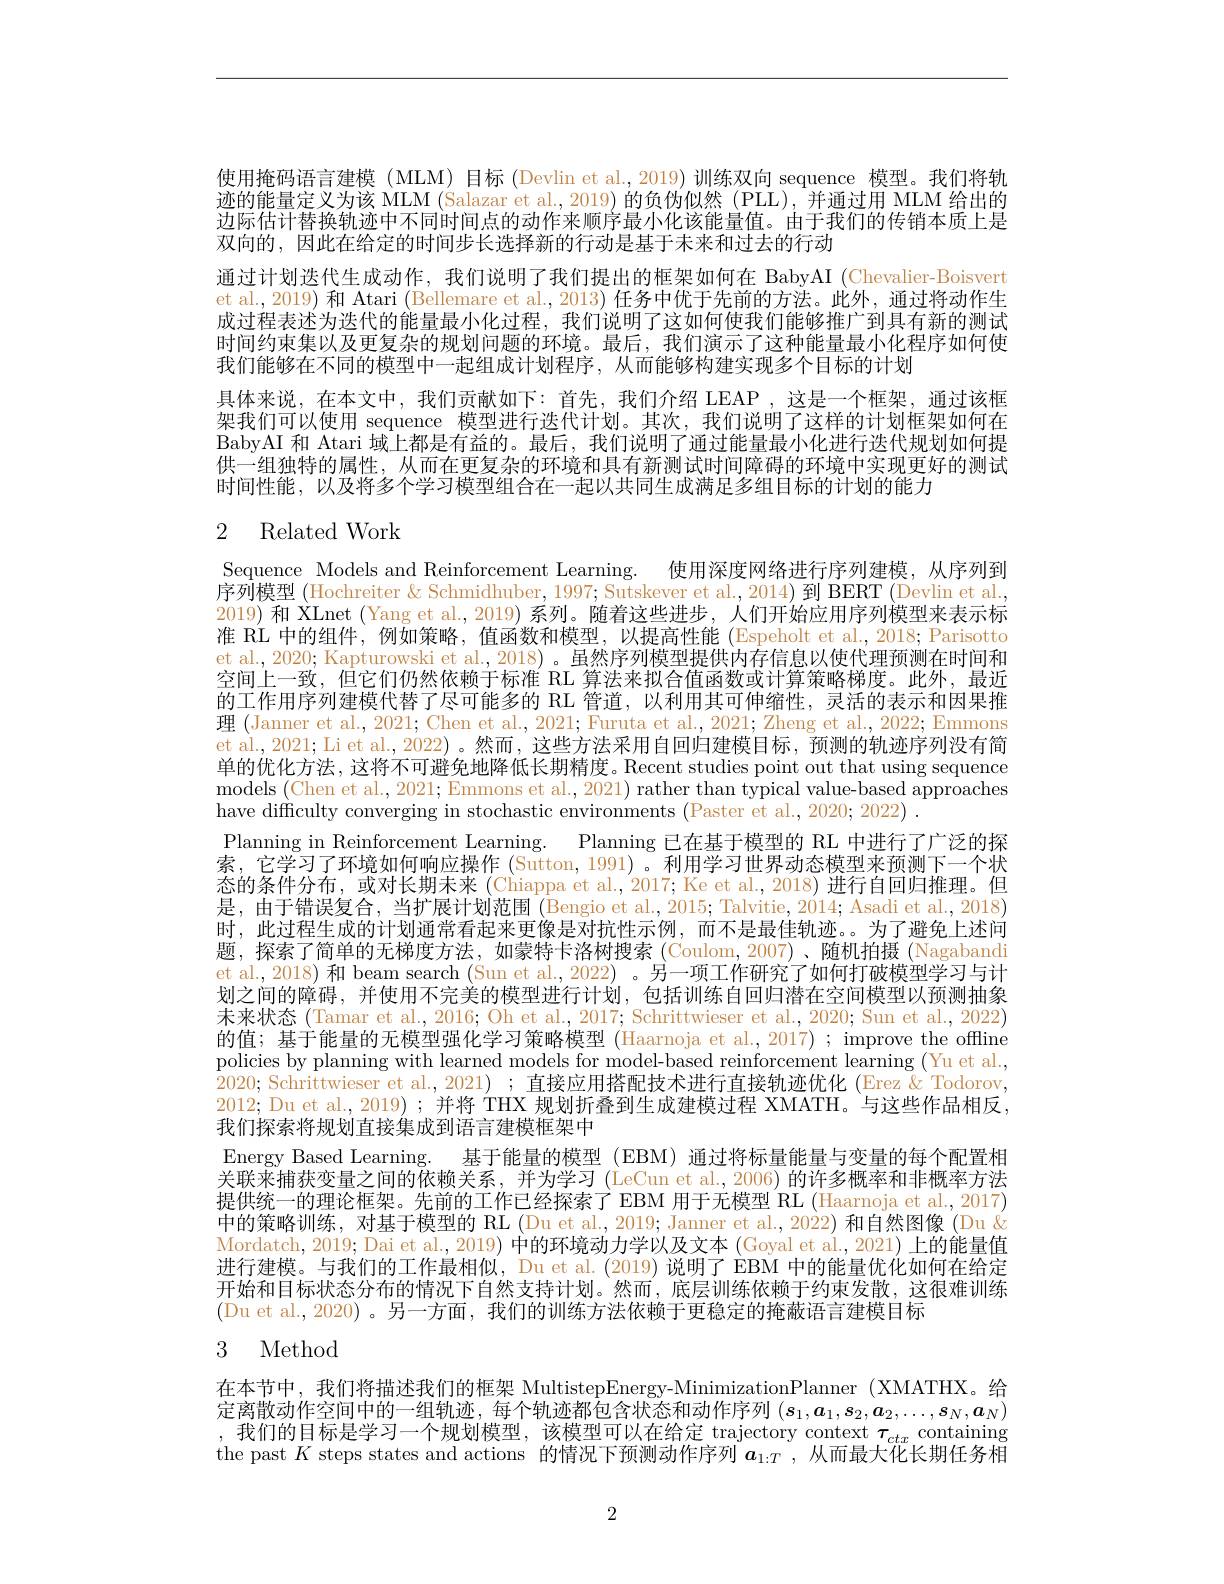
使用掩码语言建模 (MLM) 目标 (Devlin et al.,2019)训练双向 sequence 模型。我们将轨迹的能量定义为该 MLM (Salazar et al., 2019) 的负伪似然 (PLL), 并通过用 MLM 给出的边际估计替换轨迹中不同时间点的动作来顺序最小化该能量值。由于我们的传销本质上是双向的，因此在给定的时间步长选择新的行动是基于未来和过去的行动
通过计划迭代生成动作，我们说明了我们提出的框架如何在 BabyAI (Chevalier-Boisvert et al., 2019) 和 Atari (Bellemare et al., 2013) 任务中优于先前的方法。此外，通过将动作生成过程表述为迭代的能量最小化过程，我们说明了这如何使我们能够推广到具有新的测试时间约束集以及更复杂的规划问题的环境。最后，我们演示了这种能量最小化程序如何使我们能够在不同的模型中一起组成计划程序，从而能够构建实现多个目标的计划
具体来说，在本文中，我们贡献如下：首先，我们介绍 LEAP,这是一个框架，通过该框架我们可以使用 sequence 模型进行迭代计划。其次，我们说明了这样的计划框架如何在BabyAI 和 Atari 域上都是有益的。最后，我们说明了通过能量最小化进行迭代规划如何提供一组独特的属性，从而在更复杂的环境和具有新测试时间障碍的环境中实现更好的测试时间性能，以及将多个学习模型组合在一起以共同生成满足多组目标的计划的能力

# 2 Related Work

Sequence Models and Reinforcement Learning. 使用深度网络进行序列建模，从序列到序列模型 (Hochreiter & Schmidhuber, 1997; Sutskever et al., 2014) 到 BERT (Devlin et al., 2019) 和 XLnet (Yang et al., 2019) 系列。随着这些进步，人们开始应用序列模型来表示标准 RL 中的组件，例如策略，值函数和模型，以提高性能 (Espeholt et al., 2018; Parisotto et al., 2020; Kapturowski et al., 2018) 。虽然序列模型提供内存信息以使代理预测在时间和空间上一致，但它们仍然依赖于标准 RL 算法来拟合值函数或计算策略梯度。此外，最近的工作用序列建模代替了尽可能多的 RL 管道，以利用其可伸缩性，灵活的表示和因果推理 (Janner et al., 2021; Chen et al., 2021; Furuta et al., 2021; Zheng et al., 2022; Emmons et al.,2021; Li et al.,2022)。然而，这些方法采用自回归建模目标，预测的轨迹序列没有简单的优化方法，这将不可避免地降低长期精度。Recent studies point out that using sequence models (Chen et al., 2021; Emmons et al., 2021) rather than typical value-based approaches have difficulty converging in stochastic environments (Paster et al., 2020; 2022) .
Planning in Reinforcement Learning. Planning 已在基于模型的 RL 中进行了广泛的探索，它学习了环境如何响应操作 (Sutton, 1991)。利用学习世界动态模型来预测下一个状态的条件分布，或对长期未来 (Chiappa et al., 2017; Ke et al., 2018) 进行自回归推理。但是，由于错误复合，当扩展计划范围 (Bengio et al., 2015; Talvitie, 2014; Asadi et al., 2018) 时，此过程生成的计划通常看起来更像是对抗性示例，而不是最佳轨迹
免 上 还 旧
题，探索了简单的无梯度方法，如蒙特卡洛树搜索(Coulom,2007)、随机拍摄(Nagabandi et al., 2018) 和 beam search (Sun et al., 2022) 。另一项工作研究了如何打破模型学习与计划之间的障碍，并使用不完美的模型进行计划，包括训练自回归潜在空间模型以预测抽象未来状态(Tamar et al., 2016; Oh et al., 2017; Schrittwieser et al., 2020; Sun et al., 2022) 的值；基于能量的无模型强化学习策略模型 (Haarnoja et al., 2017) ; improve the offline policies by planning with learned models for model-based reinforcement learning (Yu et al., 2020; Schrittwieser et al., 2021) ; 直接应用搭配技术进行直接轨迹优化 (Erez & Todorov, 2012; Du et al., 2019); 并将 THX 规划折叠到生成建模过程 XMATH。与这些作品相反， 我们探索将规划直接集成到语言建模框架中
Energy Based Learning. 基于能量的模型 (EBM) 通过将标量能量与变量的每个配置相关联来捕获变量之间的依赖关系，并为学习 (LeCun et al., 2006) 的许多概率和非概率方法提供统一的理论框架。先前的工作已经探索了 EBM 用于无模型 RL (Haarnoja et al., 2017) 中的策略训练，对基于模型的 RL (Du et al., 2019; Janner et al., 2022) 和自然图像 (Du & Mordatch, 2019; Dai et al., 2019) 中的环境动力学以及文本 (Goyal et al., 2021) 上的能量值进行建模。与我们的工作最相似，Du et al. (2019) 说明了 EBM 中的能量优化如何在给定开始和目标状态分布的情况下自然支持计划。然而，底层训练依赖于约束发散，这很难训练(Du et al., 2020)。另一方面，我们的训练方法依赖于更稳定的掩蔽语言建模目标
3 Method

在本节中，我们将描述我们的框架 MultistepEnergy-MinimizationPlanner (XMATHX。给定离散动作空间中的一组轨迹，每个轨迹都包含状态和动作序列$(s_1,a_1,s_2,a_2,\ldots,s_N,a_N)$ ,我们的目标是学习一个规划模型，该模型可以在给定 trajectory context $\tau_{ctx}$ containing the past $K$ steps states and actions 的情况下预测动作序列$\boldsymbol{a}_1:T$,从而最大化长期任务相

2